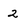
Character: 2